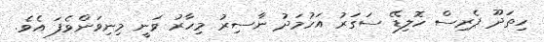
ހިތަދޫ ޕެރިސް ހޮލިޑޭ ސަގަރު އަހުމަދު ނާސިރު މިހާރު ވަނީ މިނިވަންވެފަ އެވެ.